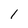
Character: 1